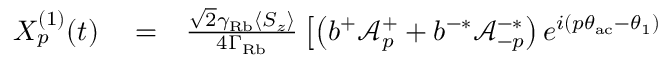
\begin{array} { r l r } { X _ { p } ^ { ( 1 ) } ( t ) } & { { } = } & { \frac { \sqrt { 2 } \gamma _ { \mathrm { R b } } \langle S _ { z } \rangle } { 4 \Gamma _ { \mathrm { R b } } } \left[ \left( b ^ { + } \mathcal { A } _ { p } ^ { + } + b ^ { - * } \mathcal { A } _ { - p } ^ { - * } \right) e ^ { i ( p \theta _ { \mathrm { a c } } - \theta _ { 1 } ) } \right. } \end{array}